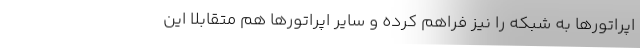
اپراتورها به شبکه را نیز فراهم کرده و سایر اپراتورها هم متقابلاً این